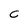
Character: c